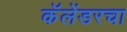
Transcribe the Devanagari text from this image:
कॅलेंडरचा